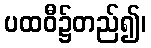
ပထဝီ၌တည်၍၊